Annual report of lunatic asylums [Bombay] - 1912-1922
Year: 1912
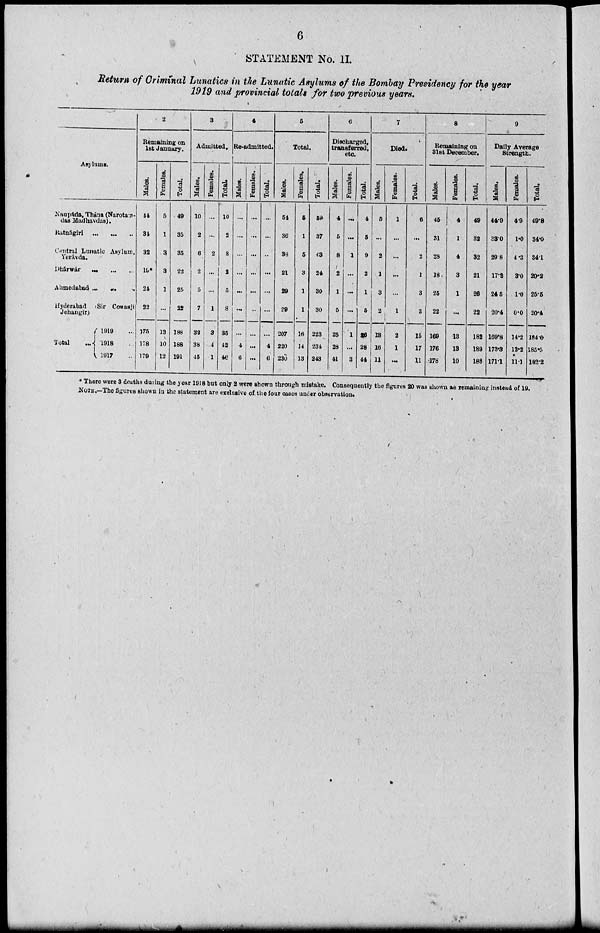
6
STATEMENT No. II.
Return of Criminal Lunatics in the Lunatic Asylums of the Bombay Presidency for the year
1919 and provincial totals for two previous years.
Asylums.
Naupáda, Thána (Narotam-
das Madhavdas).
Ratnágiri
...
...
...
Central Lunatic Asylum,
Yerávda.
Dhárwár
...
...
...
Ahmedabad ... ... ...
Hyderabad (Sir Cowasji
Jehangir)
Total
...
1919 ...
1918 ...
1917 ..
2
Remaining on
1st January.
Males.
44
34
32
19*
24
22
175
178
179
Females.
5
1
3
3
1
...
13
10
12
Total.
49
35
35
22
25
22
188
188
191
3
Admitted.
Males.
10
2
6
2
5
7
32
38
45
Females.
...
...
2
...
...
1
3
4
1
Total.
10
2
8
2
5
8
35
42
46
4
Re-admitted.
Males.
...
...
...
...
...
...
...
4
6
Females.
...
...
...
...
...
...
...
...
...
Total.
...
...
...
...
...
...
...
4
6
5
Total.
Males.
54
36
38
21
29
29
207
220
230
Females.
5
1
5
3
1
1
16
14
13
Total.
59
37
43
24
30
30
223
234
243
6
Discharged,
transferred,
etc.
Males.
4
5
8
2
1
5
25
28
41
Females.
...
...
1
...
...
...
1
...
3
Total.
4
5
9
2
1
5
26
28
44
7
Died.
Males.
5
...
2
1
3
2
13
16
11
Females.
1
...
...
...
...
1
2
1
...
Total.
6
...
2
1
3
3
15
17
11
8
Remaining on
31st December.
Males.
45
31
28
18
25
22
169
176
178
Females.
4
1
4
3
1
...
13
13
10
Total.
49
32
32
21
26
22
182
189
188
9
Daily Average
Strength.
Males.
44.9
33.0
29.8
17.2
24.5
20.4
169.8
173.3
171.1
Females.
4.9
1.0
4.3
3.0
1.0
0.0
14.2
12.2
11.1
Total.
49.8
34.0
34.1
20.2
25.5
20.4
184.0
185.5
182.2
* There were 3 deaths during the year 1918 but only 2 were shown through mistake. Consequently the figures 20 was shown as remaining instead of 19.
NOTE.—The figures shown in the statement are exclusive of the four cases under observation.